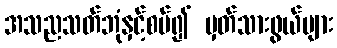
အသညသတ်ဘုံနှင့်စပ်၍ မှတ်သားဖွယ်များ